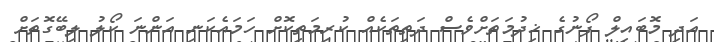
އަދި މޮބައިލް ފޯނުގެ ޚިދުމަތަށްވެސް ދަތިތަކެއް ކުރިމަތިކޮށް ހަމައެކަނި އަންނަ ކޯލު ލިބޭގޮތަށް